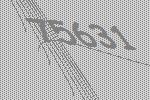
75631